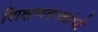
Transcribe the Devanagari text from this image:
शिक्षणतज्ज्ञांची